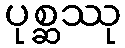
ပုစ္ဆဿု